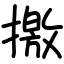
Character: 撽